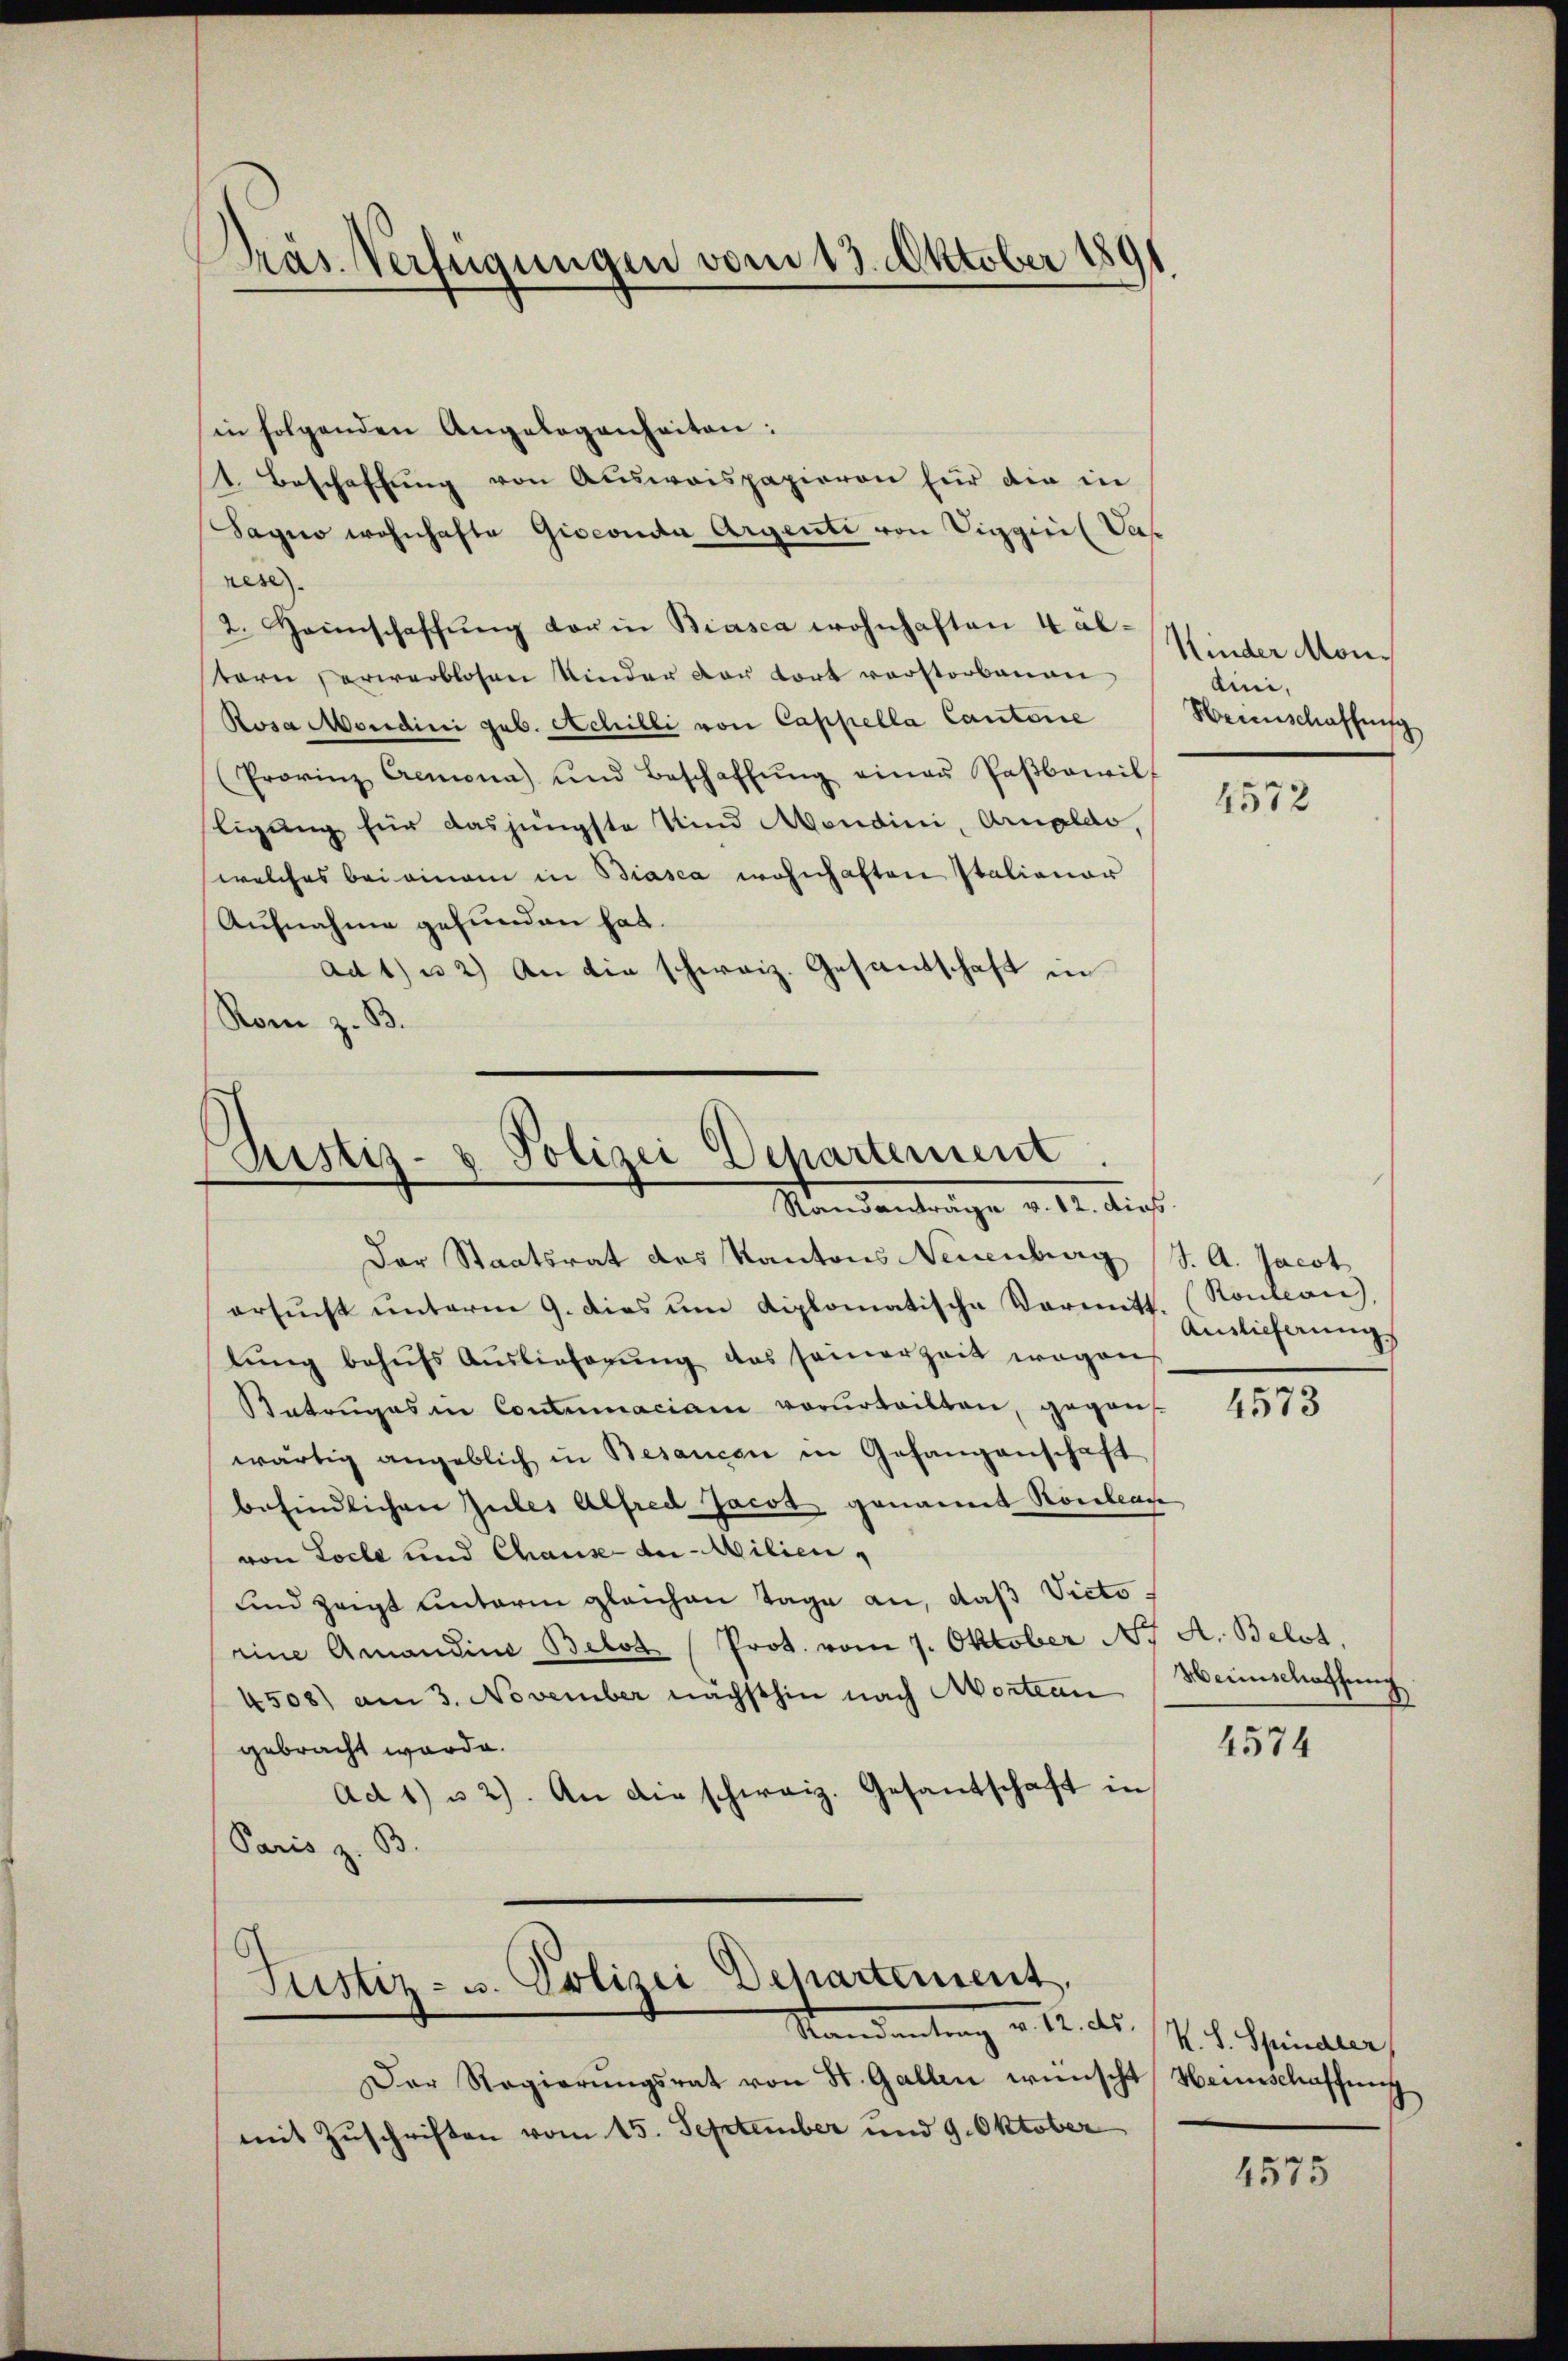
Präs. Verfügungen vom 13. Oktober 1891

in folgenden Angelegenheiten:
t. Beschaftung von Auswaispapieren für die in
Sagio wohnhafte Giseouda Argenti von Viggini (Das
rese
2. Heinschaffŭng der in Biasca wohnhaften Käl-
tern verwerblosen Kinder der fort verstorbenen
Rosa Mondini geb. Achilli von Cappella Cantone
(Provinz Cremona) und Beschaffŭng einer Paβbawil-
ligung für das jüngste Kind Mondini, Arnoldo,
welches beieinam in Biasca wohnhaften Italienor
Aufnahme gefunden hat.
ad 1) u. 2) An die schweiz. Gesantschaft in
Rom z. B.

Zustiz- & Polizei Departement.
Standanträge v. 12. dies

Der Staatsrat des Kantons Neuenburg (S. A. Jacot
ersucht unterm 9. dies um diplomatische Vormitt. (Rontan,
lung behufs Auslieferung das seinerzeit wegen
atruges in Contumaciam vorurteilten, gegen
wärtig angeblich in Besancen in Gefangenschaft
befindlichen Gutes Alfred Jacot genannt Ronbeac
von Loche und Chause der Milien,
und zeigt unterm gleichen Tage an, daß Victorine Amandina Belot (Prot. vom 7. Oktober N. A. Belot.
4508) am 3. November nächsthin nach Mortenn. (Weinschaffung
gebracht werde.
Ad 1) u 2). An die schweiz. Gesantschaft in
Paris z. B.
Justiz- u. Polizei Departement.
Mandantung v. 12. ds.
Der Regierŭngsrat von St. Gallen wünscht Heimschaffens
mit Zuschriften vom 15. September und 9. Oktober

Kinder Mondini,
Weinschaffung
8

4572

Auslicherung

4573

4574

K. H. Spinaler

1575